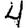
Digit: 4